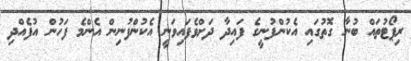
ރިޕޯޓުތައް ބުނާ ގޮތުގައި އެކުންފުނީގެ ފައިދާ ދަށްވެފައިވަނީ އެކުންފުނިން އެންމެ ފަހުން އުފެއްދި